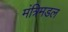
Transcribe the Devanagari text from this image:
मंत्रिमडल